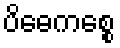
ပိဓေကစ္စေ